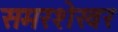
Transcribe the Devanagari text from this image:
समरशेखर